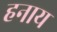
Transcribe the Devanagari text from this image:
हनाय